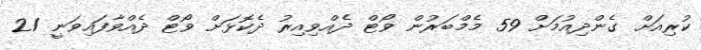
ކުރިއަށް ގެންދިއުމަށް 59 މެމްބަރުން ވޯޓް ދެއްވިއިރު ދެކޮޅަށް ވޯޓް ދެއްވާފައިވަނީ 21